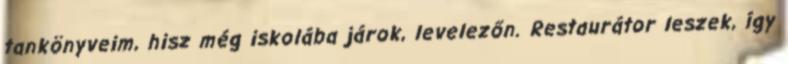
tankönyveim, hisz még iskolába járok, levelezőn. Restaurátor leszek, így